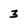
Character: 3